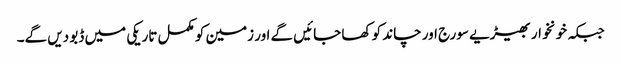
جبکہ خونخوار بھیڑیے سورج اور چاند کو کھا جائیں گے اور زمین کو مکمل تاریکی میں ڈبو دیں گے۔